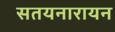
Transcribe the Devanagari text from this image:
सतयनारायन